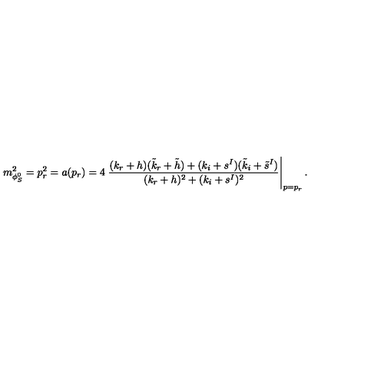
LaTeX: m _ { \phi _ { S } ^ { 0 } } ^ { 2 } = p _ { r } ^ { 2 } = a ( p _ { r } ) = 4 \left. \frac { ( k _ { r } + h ) ( \tilde { k } _ { r } + \tilde { h } ) + ( k _ { i } + s ^ { I } ) ( \tilde { k } _ { i } + \tilde { s } ^ { I } ) } { ( k _ { r } + h ) ^ { 2 } + ( k _ { i } + s ^ { I } ) ^ { 2 } } \right| _ { p = p _ { r } } .